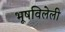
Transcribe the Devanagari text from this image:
भूषविलेली